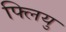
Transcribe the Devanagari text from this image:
फ्लियु